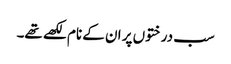
سب درختوں پر ان کے نام لکھے تھے۔